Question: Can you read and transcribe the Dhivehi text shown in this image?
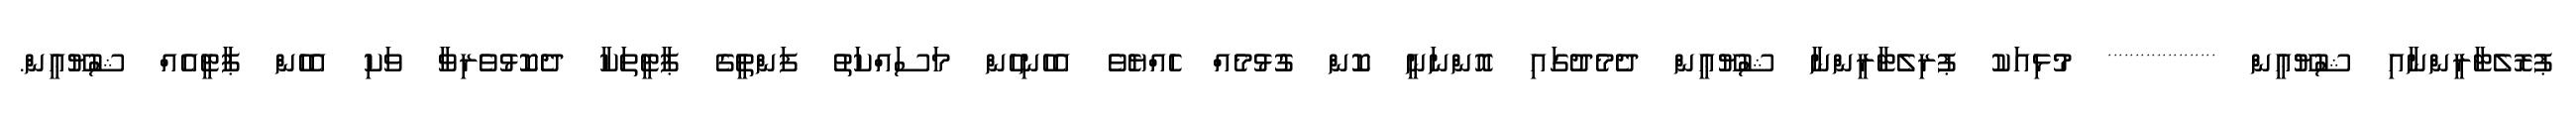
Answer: ޕުރޮލެޓާރީންނާއި ޝުޔޫޢީން ******************** މުޅިއަކު ޕުރިލެޓާރީންނާ ޝުޔޫޢީން ދެމެދުގައި އޮންނަނީ ކޮން ގުޅުމެއް ހެއްޔެވެ އެހެނިހެން މަސައްކަތު ފަންތީގެ ޕާޓީތަކާ ދެކޮޅުވެރިވާ ވަކި އެހެން ޕާޓީއެއް ޝުޔޫޢީން.